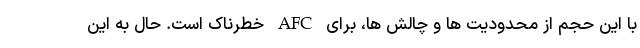
با این حجم از محدودیت ها و چالش ها، برای AFC خطرناک است. حال به این